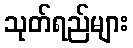
သုတ်ရည်များ